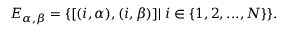
E _ { \alpha , \beta } = \{ [ ( i , \alpha ) , ( i , \beta ) ] | \; i \in \{ 1 , 2 , . . . , N \} \} .